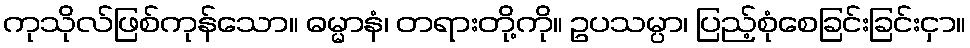
ကုသိုလ်ဖြစ်ကုန်သော။ ဓမ္မာနံ၊ တရားတို့ကို။ ဥပသမ္ပာ၊ ပြည့်စုံစေခြင်းခြင်းငှာ။